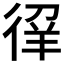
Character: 𰐳